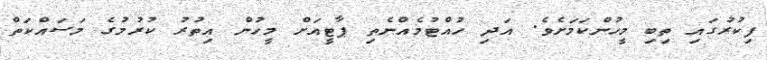
ފިކުރުގައި ތިބި މީހުންކަމަށެވެ. އަދި ހުއްޓުމެއްނެތި ޕާޓީއަށް މީހުން އިތުރު ކުރުމުގެ މަސައްކަތް